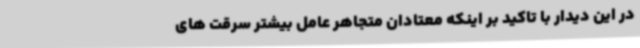
در این دیدار با تاکید بر اینکه معتادان متجاهر عامل بیشتر سرقت های